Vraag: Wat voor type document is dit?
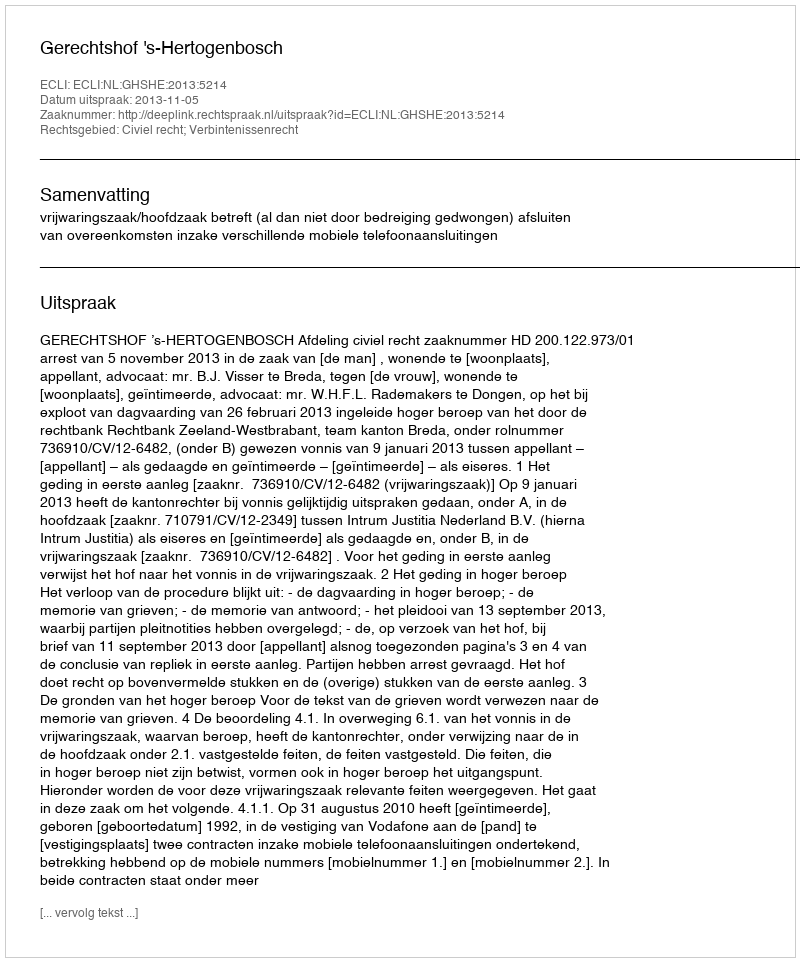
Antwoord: Uitspraak